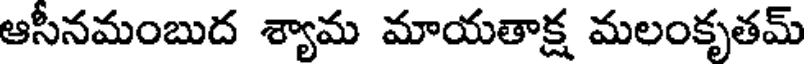
ఆసీనమంబుద శ్యామ మాయతాక్ష మలంకృతమ్